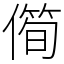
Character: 㒐